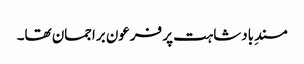
مسندِ بادشاہت پر فرعون براجمان تھا۔